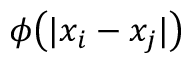
\phi \big ( | x _ { i } - x _ { j } | \big )